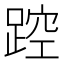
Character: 𲃮